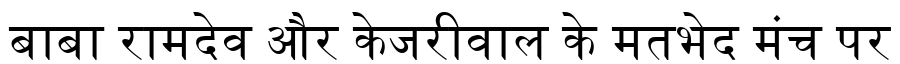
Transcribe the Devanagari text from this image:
बाबा रामदेव और केजरीवाल के मतभेद मंच पर